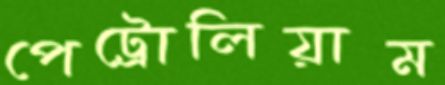
পেট্রোলিয়াম